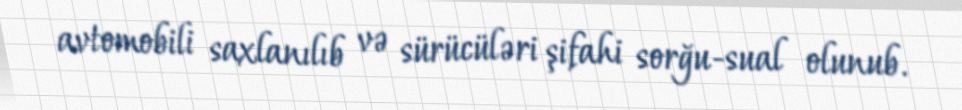
avtomobili saxlanılıb və sürücüləri şifahi sorğu-sual olunub.